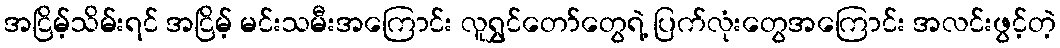
အငြိမ့်သိမ်းရင် အငြိမ့် မင်းသမီးအကြောင်း လူရွှင်တော်တွေရဲ့ ပြက်လုံးတွေအကြောင်း အလင်းဖွင့်တဲ့